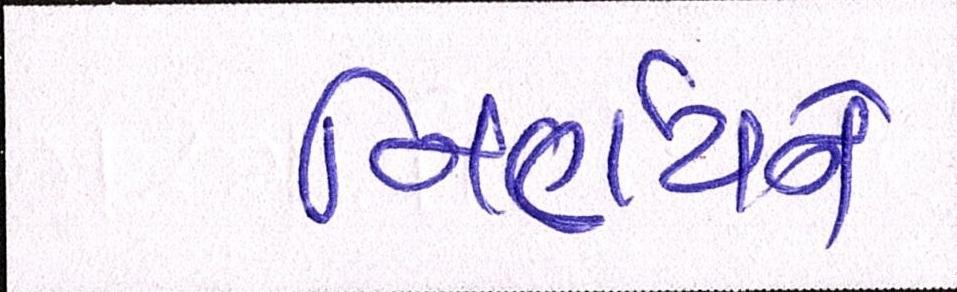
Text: નિર્ણયને